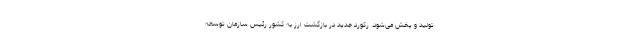
تولید و پخش می‌شود. رکورد جدید در بازگشت ارز به کشور رئیس سازمان توسعه